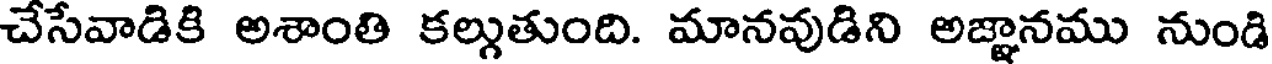
చేసేవాడికి అశాంతి కల్గుతుంది. మానవుడిని అజ్ఞానము నుండి